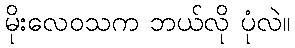
မိုးလေဝသက ဘယ်လို ပုံလဲ။